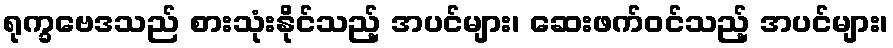
ရုက္ခဗေဒသည် စားသုံးနိုင်သည့် အပင်များ၊ ဆေးဖက်ဝင်သည့် အပင်များ၊